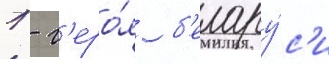
1 - г'еро́я б'елару́с'и